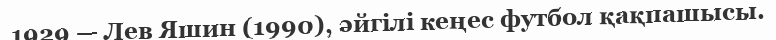
1929 — Лев Яшин (1990), әйгілі кеңес футбол қақпашысы.